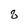
Character: 8